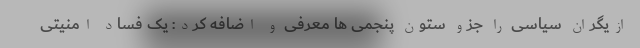
ازیگران سیاسی را جزو ستون پنجمی ها معرفی و اضافه کرد: یک فساد امنیتی